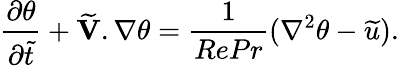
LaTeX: {\frac{\partial\theta}{\partial\widetilde{t}}}+\widetilde{\textbf{V}}.\nabla\theta={\frac{1}{RePr}}(\nabla^{2}\theta-\widetilde{u}).